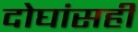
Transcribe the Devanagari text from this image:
दोघांसही